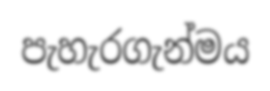
පැහැරගැන්මය